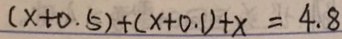
( x + 0 . 5 ) + ( x + 0 . 1 ) + x = 4 . 8